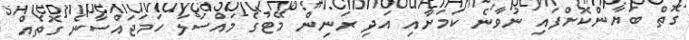
ގޮތް ބަޔާންކޮށްފައި ނުވާނެ ކަމަށާއި އަދި ރަނިން މޭޓުގެ މައްސަލަ ހަމަޖައްސާނެ ގޮތެއް